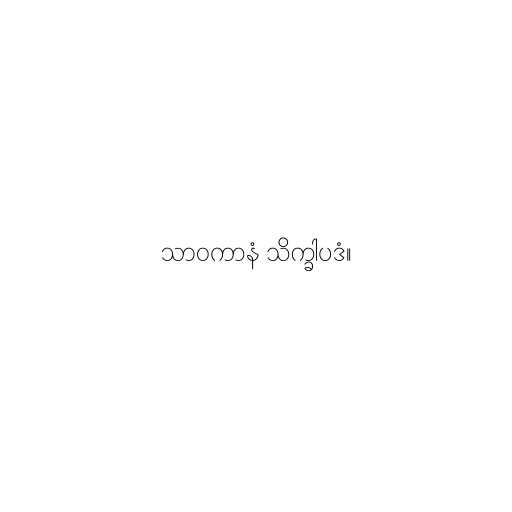
သာဝကာနံ သိက္ခါပဒံ။